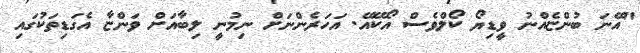
"އޭނަ ބުންޏެއްނު ވީޑިޔޯ ކޯލްވެސް އޯކޭއޭ. އަހަރެންނަށް ނިމުނީ ލިބާއަށް ވަންޏާ އެގަޑިތަކުގައި